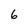
Character: 6